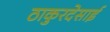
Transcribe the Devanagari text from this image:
ठाकुरदेसाई